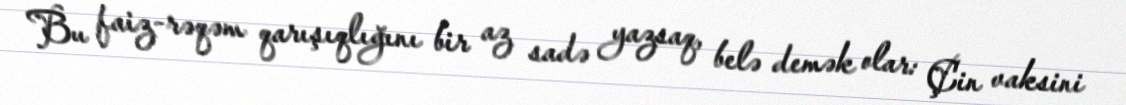
Bu faiz-rəqəm qarışıqlığını bir az sadə yazsaq, belə demək olar: Çin vaksini